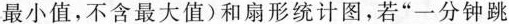
最小值，不含最大值)和扇形统计图，若“一分钟跳